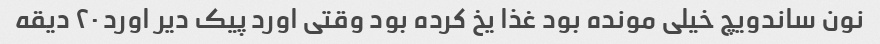
نون ساندویچ خیلی مونده بود غذا یخ کرده بود وقتی اورد پیک دیر اورد ۲۰ دیقه